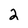
Character: 2